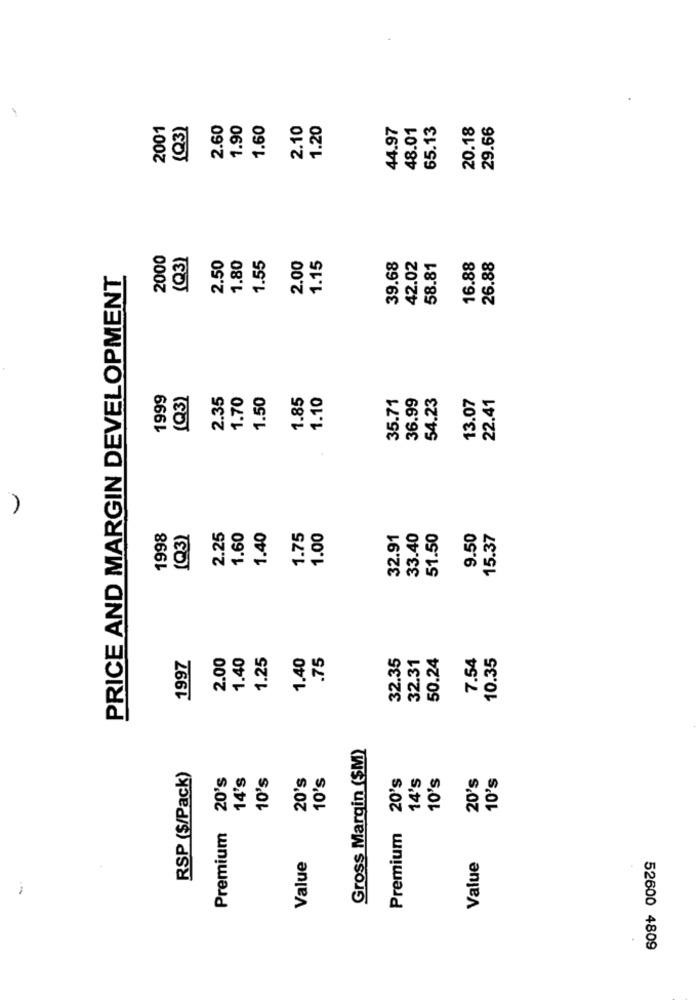
1
2001
(Q3)
2.60
1.90
1.60
2.10
1.20
44.97
48.01
65.13
20.18
29.66
2000
(Q3)
2.50
1.80
1.55
2.00
1.15
39.68
42.02
26.88
58.81
16.88
PRICE AND MARGIN DEVELOPMENT
1999
(Q3)
2.35
1.70
1.50
1.85
1.10
35.71
36.99
54.23
13.07
22.41
1998
(Q3)
2.25
1.60
1.40
1.75
1.00
32.91
33.40
51.50
9.50
15.37
1997
2.00
1.40
1.25
1.40
.75
32.35
32.31
50.24
7.54
10.35
Gross Margin (SM)
RSP ($/Pack)
20's
14's
10's
20's
10's
20's
14's
10's
20's
10's
Premium
Premium
Value
Value
52600 4809